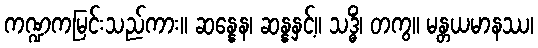
ကဏ္ဍကမြင်းသည်ကား။ ဆန္နေန၊ ဆန္နနှင့်။ သဒ္ဓိံ၊ တကွ။ မန္တယမာနဿ၊